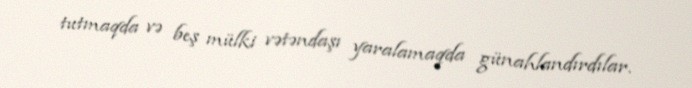
tutmaqda və beş mülki vətəndaşı yaralamaqda günahlandırdılar.